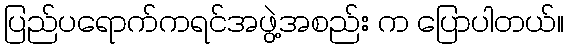
ပြည်ပရောက်ကရင်အဖွဲ့အစည်း က ပြောပါတယ်။